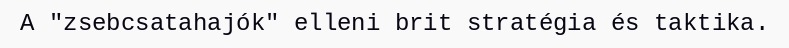
A "zsebcsatahajók" elleni brit stratégia és taktika.